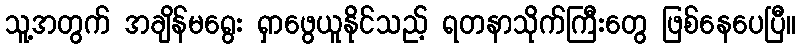
သူ့အတွက် အချိန်မရွေး ရှာဖွေယူနိုင်သည့် ရတနာသိုက်ကြီးတွေ ဖြစ်နေပေပြီ။